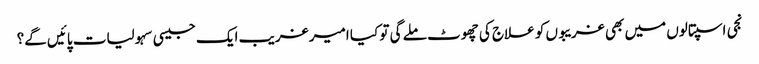
نجی اسپتالوں میں بھی غریبوں کو علاج کی چھوٹ ملے گی تو کیا امیر غریب ایک جیسی سہولیات پائیں گے؟